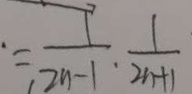
= \frac { 1 } { 2 n - 1 } \cdot \frac { 1 } { 2 n + 1 }